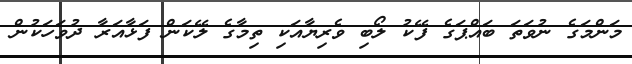
މަންމަގެ ނުވަތަ ބައްޕަގެ ފޭކު ލޯބި ވެރިޔާއަކި ތިމާގެ ލޭކަން ފަޅާއަރާ ދުވަހަކުން